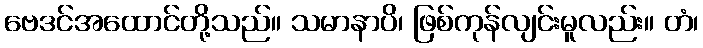
ဗေဒင်အထောင်တို့သည်။ သမာနာပိ၊ ဖြစ်ကုန်လျင်းမူလည်း။ တံ၊